Vaccination in Bombay 1863-1868 - 1863-1868
Year: 1863
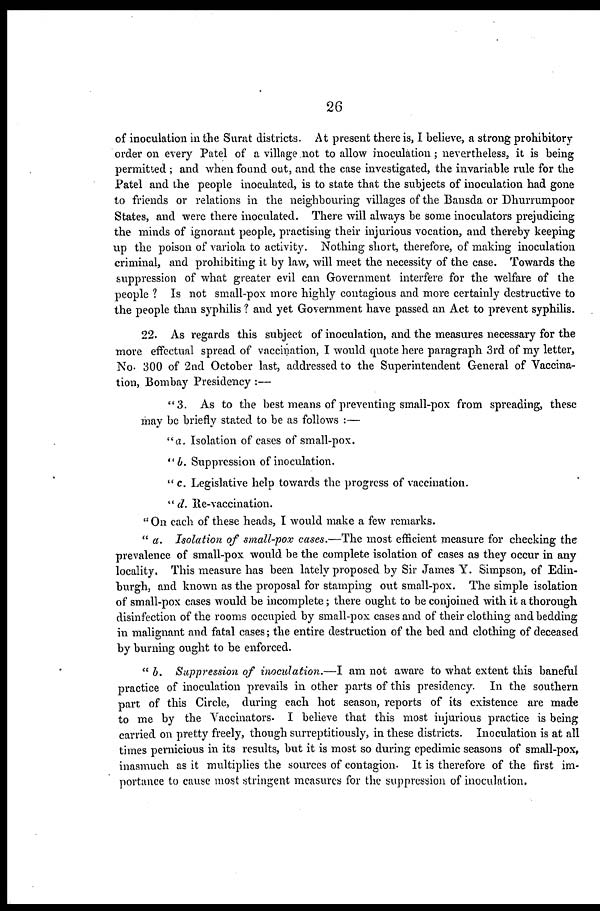
26
of inoculation in the Surat districts. At present there is, I believe, a strong prohibitory
order on every Patel of a village not to allow inoculation ; nevertheless, it is being
permitted ; and when found out, and the case investigated, the invariable rule for the
Patel and the people inoculated, is to state that the subjects of inoculation had gone
to friends or relations in the neighbouring villages of the Bansda or Dhurrumpoor
States, and were there inoculated. There will always be some inoculators prejudicing
the minds of ignorant people, practising their injurious vocation, and thereby keeping
up the poison of variola to activity. Nothing short, therefore, of making inoculation
criminal, and prohibiting it by law, will meet the necessity of the case. Towards the
suppression of what greater evil can Government interfere for the welfare of the
people ? Is not small-pox more highly contagious and more certainly destructive to
the people than syphilis ? and yet Government have passed an Act to prevent syphilis.
22. As regards this subject of inoculation, and the measures necessary for the
more effectual spread of vaccination, I would quote here paragraph 3rd of my letter,
No. 300 of 2nd October last, addressed to the Superintendent General of Vaccina-
tion, Bombay Presidency :—
"3. As to the best means of preventing small-pox from spreading, these
may be briefly stated to be as follows :—
"a. Isolation of cases of small-pox.
"b. Suppression of inoculation.
" c. Legislative help towards the progress of vaccination.
" d. Re-vaccination.
" On each of these heads, I would make a few remarks.
" a. Isolation of small-pox cases.—The most efficient measure for checking the
prevalence of small-pox would be the complete isolation of cases as they occur in any
locality. This measure has been lately proposed by Sir James Y. Simpson, of Edin-
burgh, and known as the proposal for stamping out small-pox. The simple isolation
of small-pox cases would be incomplete; there ought to be conjoined with it a thorough
disinfection of the rooms occupied by small-pox cases and of their clothing and bedding
in malignant and fatal cases; the entire destruction of the bed and clothing of deceased
by burning ought to be enforced.
" b. Suppression of inoculation.—I am not aware to what extent this baneful
practice of inoculation prevails in other parts of this presidency. In the southern
part of this Circle, during each hot season, reports of its existence are made
to me by the Vaccinators. I believe that this most injurious practice is being
carried on pretty freely, though surreptitiously, in these districts. Inoculation is at all
times pernicious in its results, but it is most so during epedimic seasons of small-pox,
inasmuch as it multiplies the sources of contagion. It is therefore of the first im-
portance to cause most stringent measures for the suppression of inoculation.